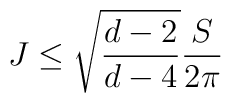
J \leq \sqrt{\frac{d-2}{d-4}} \frac{S}{2 \pi}